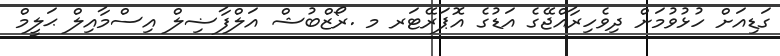
ގަޑިއަށް ހުޅުވުމަށް ދިވެހިރާއްޖޭގެ އަޑުގެ އޮޕަރޭޓަރ މ .ރޯޒްބުޝް އަލްފާޟިލް އިސްމާއިލް ޙަލީމް